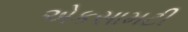
એકસામટી